Annual vaccination report of Bihar and Orissa - 1911-1928
Year: 1911
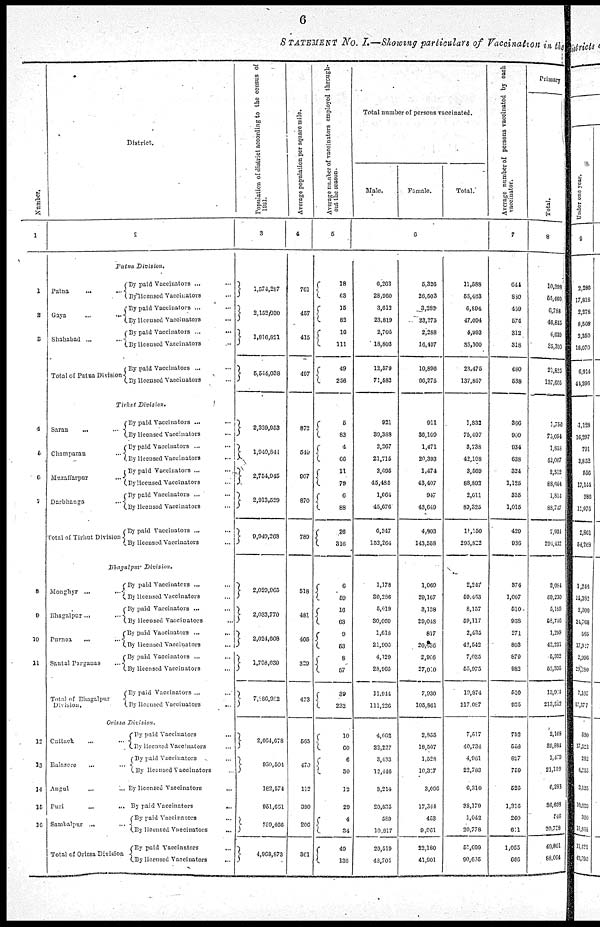
6
STATEMENT No. I.—Showing particulars of Vaccination in the
Number.
1
1
2
3
4
5
6
7
8
9
10
11
12
13
14
15
16
District.
2
Patna Division.
Patna
...
...
Gaya
...
...
Shahabad ... ...
Total of Patna Division
By paid Vaccinators ... ...
By licensed Vaccinators ...
By paid Vaccinators ... ...
By licensed Vaccinators ...
By paid Vaccinators ...
...
By licensed Vaccinators ...
By paid Vaccinators ... ...
By licensed Vaccinators ...
Tirhut Division.
Saran ... ...
Champaran ...
Muzaffarpur ...
Darbhanga ...
Total of Tirhut Division
By paid Vaccinators ... ...
By licensed Vaccinators ...
By paid Vaccinators ... ...
By licensed Vaccinators ...
By paid Vaccinators ... ...
By licensed Vaccinators ...
By paid Vaccinators ... ...
By licensed Vaccinators ...
By paid Vaccinators ... ...
By licensed Vaccinators ...
Bhagalpur Division.
Monghyr ... ...
Bhagalpur ... ...
Purnea
...
...
Santal Parganas ...
Total of Bhagalpur
Division.
By paid Vaccinators ... ...
By licensed Vaccinators ...
By paid Vaccinators ... ...
By licensed Vaccinators ...
By paid Vaccinators ...
...
By licensed Vaccinators ...
By paid Vaccinators ... ...
By licensed Vaccinators ...
By paid Vaccinators ... ...
By licensed Vaccinators
...
Orissa
Division.
Cuttack ... ...
Balasore ... ...
Angul
...
...
Puri ... ...
Sambalpur ... ...
Total of Orissa Division
By paid Vaccinators ...
By licensed Vaccinators ...
By paid Vaccinators ...
By licensed Vaccinators ...
By licensed Vaccinators ...
By paid Vaccinators
...
By paid Vaccinators ...
By licensed Vaccinators ...
By paid Vaccinators ...
By licensed Vaccinators ...
Population of district according to the census of
1921.
3
1,574,287
2,152,030
1,816,821
5,544,038
2,339,953
1,940,841
2,754,945
2,913,529
9,949,263
2,029,965
2,033,770
2,024,608
1,708,639
7,986,982
2,064,678
980,504
182,574
051,651
789,466
4,968,873
Average population per square mile.
4
761
457
415
497
872
549
907
870
789
518
481
405
320
423
565
470
112
380
206
361
Average number of vaccinators employed through-
out the season.
5
18
63
15
83
16
111
49
256
5
83
4
66
11
79
6
88
26
316
6
59
16
63
9
53
8
57
39
232
10
60
6
30
12
29
4
34
49
136
Total number of persons vaccinated.
Male.
Female.
Total.
6
6,263
28,960
3,613
23,819
2,705
18,803
12,579
71,582
921
39,388
3,367
21,715
2,695
45,485
1,064
45,676
6,347
153,264
1,178
80,286
5,619
30,069
1,618
21,903
4,129
28,965
11,914
111,226
4,662
22,227
3,433
12,146
3,214
20,835
580
10,817
29,519
43,701
5,326
26,503
8,282
23,275
2,288
16,407
10,896
66,275
911
36,100
1,471
20,393
1,474
43,407
947
43,649
4,803
143,558
1,069
29,167
3,138
20,048
817
20,656
2,006
27,010
7,930
105,861
2,855
18,507
1,528
10,337
3,096
17,344
483
9,961
23,180
41,901
11,588
55,463
6,894
47,094
4,993
35,300
23,475
137,857
1,833
75,497
3,738
42,108
3,569
88,892
2,611
89,325
11,150
295,822
2,247
59,453
8,157
59,117
2,435
42,542
7,035
55,975
10,874
217,087
7,517
40,734
4,961
22,783
6,310
88,179
1,042
20,778
51,699
90,695
Average number of persons vaccinated by each
vaccinator.
7
644
830
459
574
312
318
480
538
366
969
934
638
324
1,125
355
1,015
439
936
374
1,007
510
938
271
803
879
982
510
935
753
558
827
759
526
1,316
260
611
1,055
666
Primary
Total.
8
10,398
55,460
6,788
46,845
4,639
35,300
21,635
137,665
1,750
75,054
1,858
42,007
2,512
88,004
1,814
88,767
7,934
291,132
2,084
59,230
5,189
58,746
1,299
42,231
5,332
53,335
13,984
213,542
2,163
39,884
1,470
21,159
0,283
86,603
146
20,738
40,801
88,664